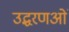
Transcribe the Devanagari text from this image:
उद्धरणओं